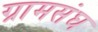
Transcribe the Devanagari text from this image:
ग्रामसंघ